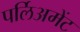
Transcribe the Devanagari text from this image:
पर्लिअमेंट